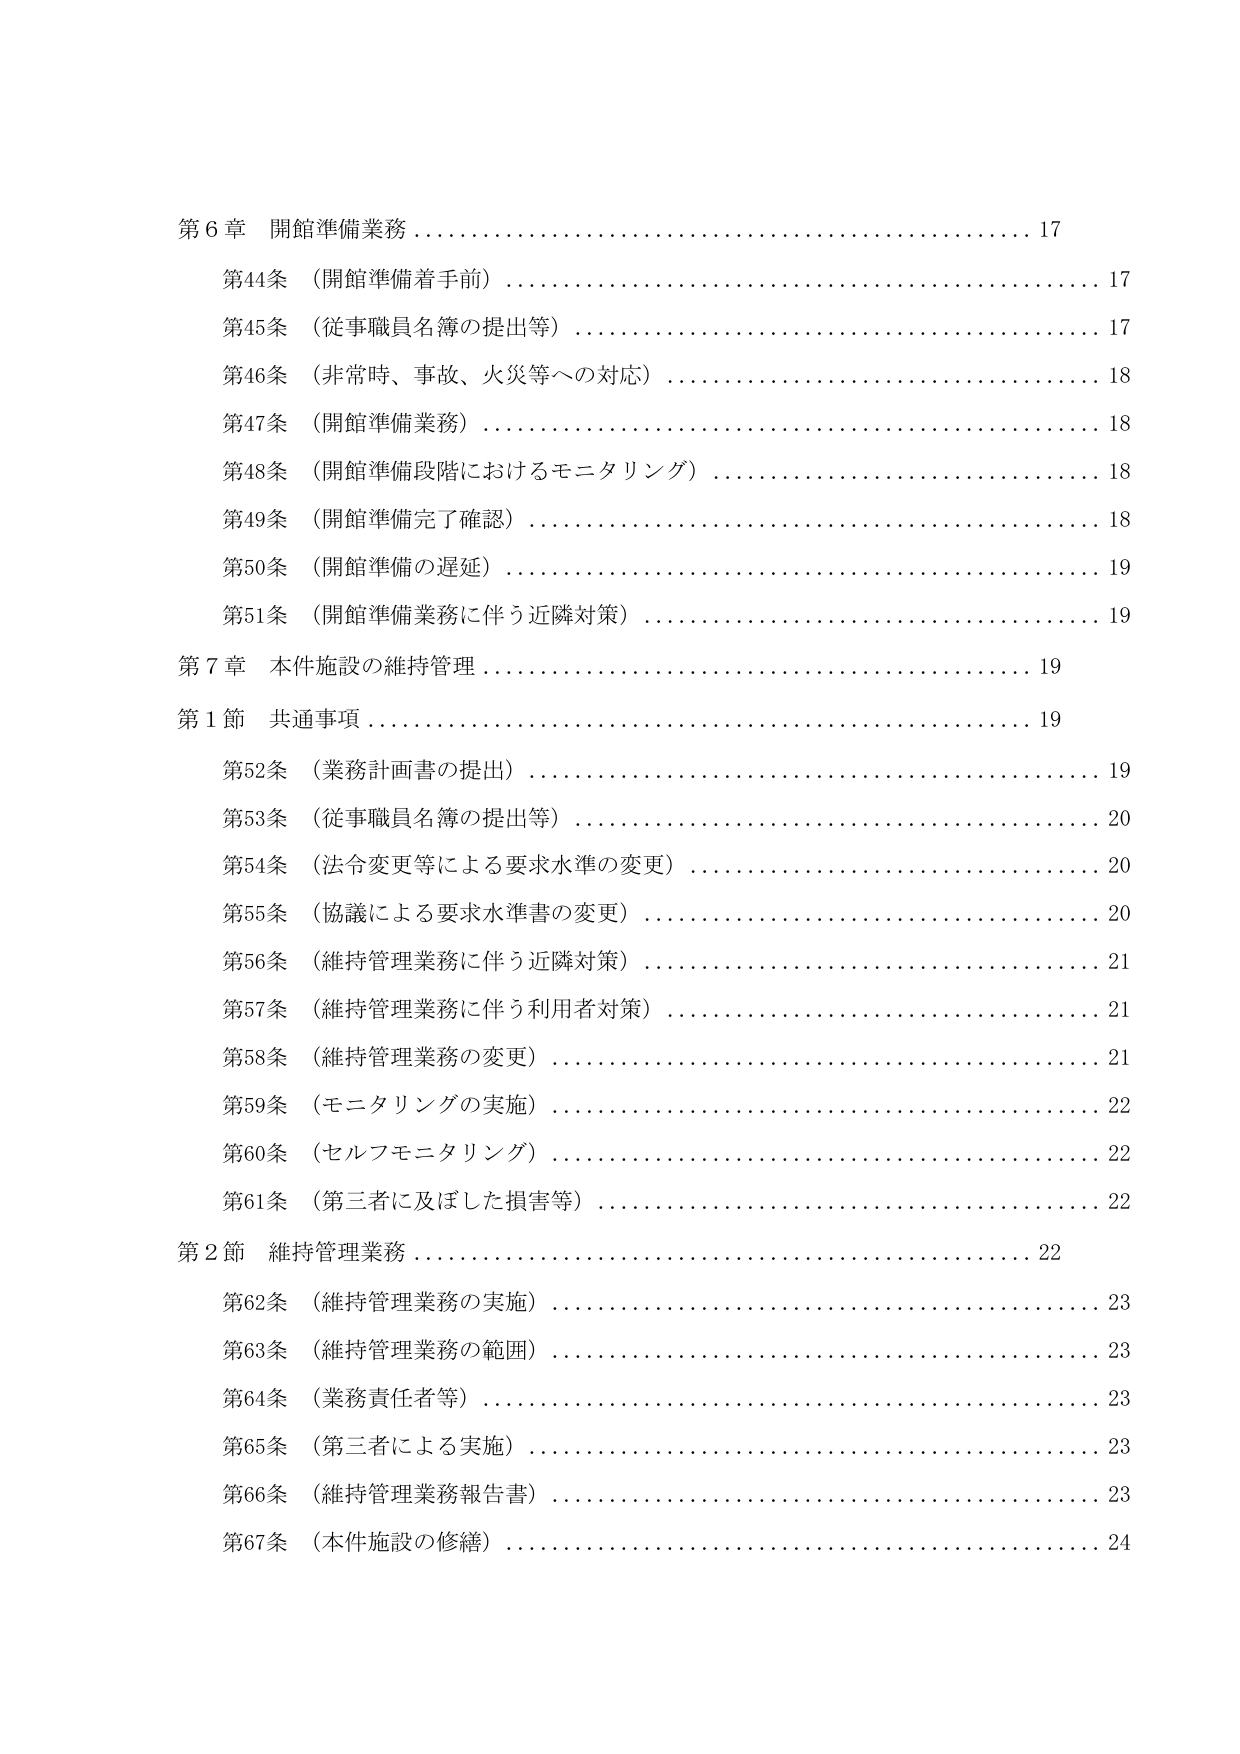
第６章 開館準備業務 17
第44条 （開館準備着手前） 17
第45条 （従事職員名簿の提出等） 17
第46条 （非常時、事故、火災等への対応） 18
第47条 （開館準備業務） 18
第48条 （開館準備段階におけるモニタリング） 18
第49条 （開館準備完了確認） 18
第50条 （開館準備の遅延） 19
第51条 （開館準備業務に伴う近隣対策） 19
第７章 本件施設の維持管理 19
第１節 共通事項 19
第52条 （業務計画書の提出） 19
第53条 （従事職員名簿の提出等） 20
第54条 （法令変更等による要求水準の変更） 20
第55条 （協議による要求水準書の変更） 20
第56条 （維持管理業務に伴う近隣対策） 21
第57条 （維持管理業務に伴う利用者対策） 21
第58条 （維持管理業務の変更） 21
第59条 （モニタリングの実施） 22
第60条 （セルフモニタリング） 22
第61条 （第三者に及ぼした損害等） 22
第２節 維持管理業務 22
第62条 （維持管理業務の実施） 23
第63条 （維持管理業務の範囲） 23
第64条 （業務責任者等） 23
第65条 （第三者による実施） 23
第66条 （維持管理業務報告書） 23
第67条 （本件施設の修繕） 24